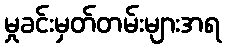
မှုခင်းမှတ်တမ်းများအရ